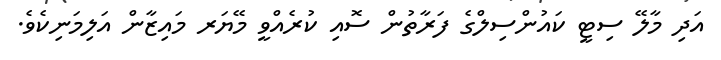
އަދި މާލޭ ސިޓީ ކައުންސިލްގެ ފަރާތުން ސޮއި ކުރެއްވީ މޭޔަރ މައިޒާން އަލިމަނިކެވެ.